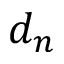
d _ { n }